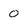
Character: 0